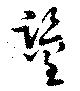
鑒